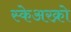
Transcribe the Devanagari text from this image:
स्केअरक्रो